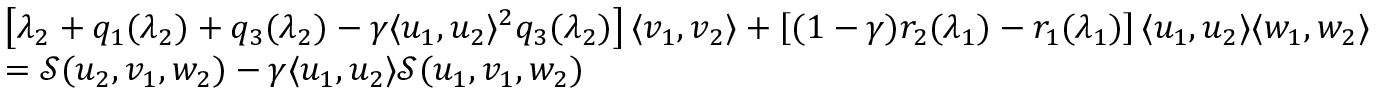
\begin{array} { r l } & { \left[ \lambda _ { 2 } + q _ { 1 } ( \lambda _ { 2 } ) + q _ { 3 } ( \lambda _ { 2 } ) - \gamma \langle u _ { 1 } , u _ { 2 } \rangle ^ { 2 } q _ { 3 } ( \lambda _ { 2 } ) \right] \langle v _ { 1 } , v _ { 2 } \rangle + \left[ ( 1 - \gamma ) r _ { 2 } ( \lambda _ { 1 } ) - r _ { 1 } ( \lambda _ { 1 } ) \right] \langle u _ { 1 } , u _ { 2 } \rangle \langle w _ { 1 } , w _ { 2 } \rangle } \\ & { = { \mathcal { S } } ( u _ { 2 } , v _ { 1 } , w _ { 2 } ) - \gamma \langle u _ { 1 } , u _ { 2 } \rangle { \mathcal { S } } ( u _ { 1 } , v _ { 1 } , w _ { 2 } ) } \end{array}